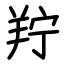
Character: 羜